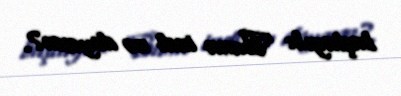
başlayıb: “Buna indi nə deyəsən?.